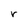
Character: r